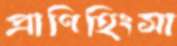
প্রাণিহিংসা